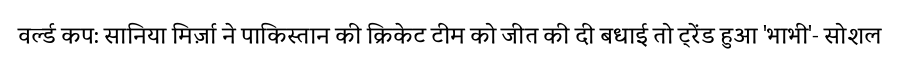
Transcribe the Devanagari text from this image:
वर्ल्ड कप: सानिया मिर्ज़ा ने पाकिस्तान की क्रिकेट टीम को जीत की दी बधाई तो ट्रेंड हुआ 'भाभी'- सोशल